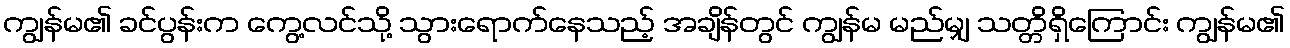
ကျွန်မ၏ ခင်ပွန်းက ကွေ့လင်သို့ သွားရောက်နေသည့် အချိန်တွင် ကျွန်မ မည်မျှ သတ္တိရှိကြောင်း ကျွန်မ၏